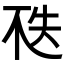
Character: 𠀶